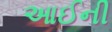
આઈની